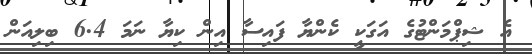
އެ ޝިޕްމަންޓުގެ އަގަކީ ކެންޔާ ފައިސާ އިން ކިޔާ ނަމަ 6.4 ބިލިއަން